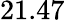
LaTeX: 21.47